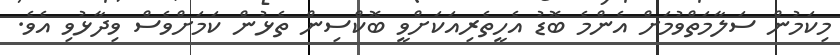
މިކަމުން ސަލާމަތްވުމަށް އެންމެ ބޮޑު އެހީތެރިއަކަށްވީ ބޮކްސިން ތެޅުން ކަމަށްވެސް ވިދާޅުވި އެވެ.